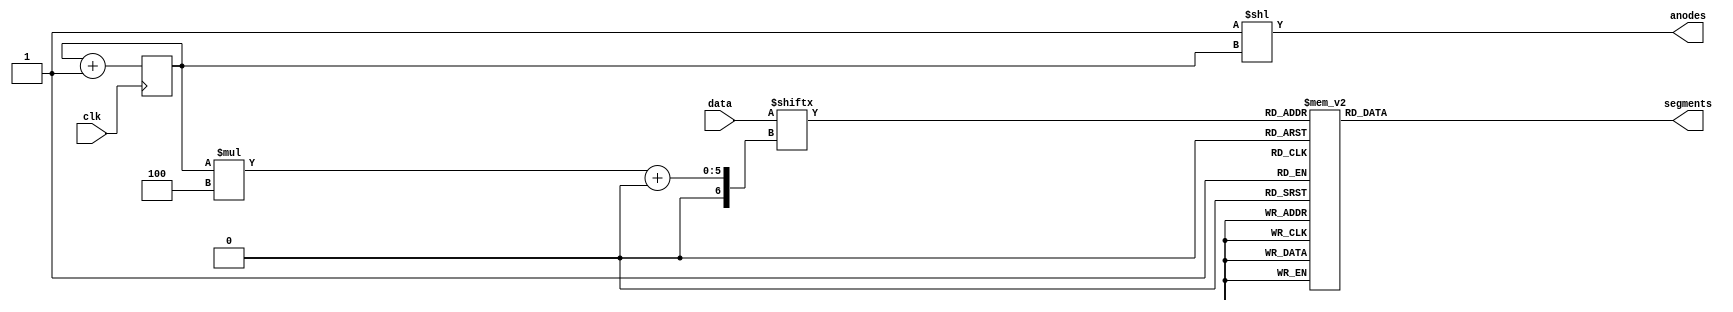
module segment7(
	input clk,
	input [15:0]data,
	
	output [3:0]anodes,
	output reg [6:0]segments
);


// 7 segment 
reg [1:0]i = 0;

assign anodes = (4'b1 << i);

always @(posedge clk) begin 
	i <= i + 2'b1;
end

// sing +: and -: Notation part selection generic logic can be written.
// byte = data[j +: k]; 
// j  -> bit start position
// k -> Number of bits up from jth position

wire [3:0]d = data[i * 4 +: 4];

always @(*) begin
	case (d)
		4'h0: segments = 7'b1111110;
		4'h1: segments = 7'b0110000;
		4'h2: segments = 7'b1101101;
	   4'h3: segments = 7'b1111001;
	   4'h4: segments = 7'b0110011;
	   4'h5: segments = 7'b1011011;
	   4'h6: segments = 7'b1011111;
 	   4'h7: segments = 7'b1110000;
 	   4'h8: segments = 7'b1111111;
	   4'h9: segments = 7'b1111011;
	   4'hA: segments = 7'b1110111;
	   4'hB: segments = 7'b0011111;
	   4'hC: segments = 7'b1001110;
	   4'hD: segments = 7'b0111101;
	   4'hE: segments = 7'b1001111;
		4'hF: segments = 7'b1000111;
	endcase
end
//

endmodule